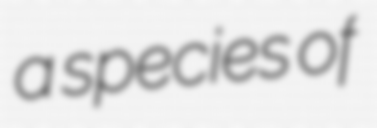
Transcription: a species of